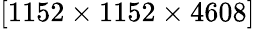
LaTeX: [1152\times 1152\times 4608]